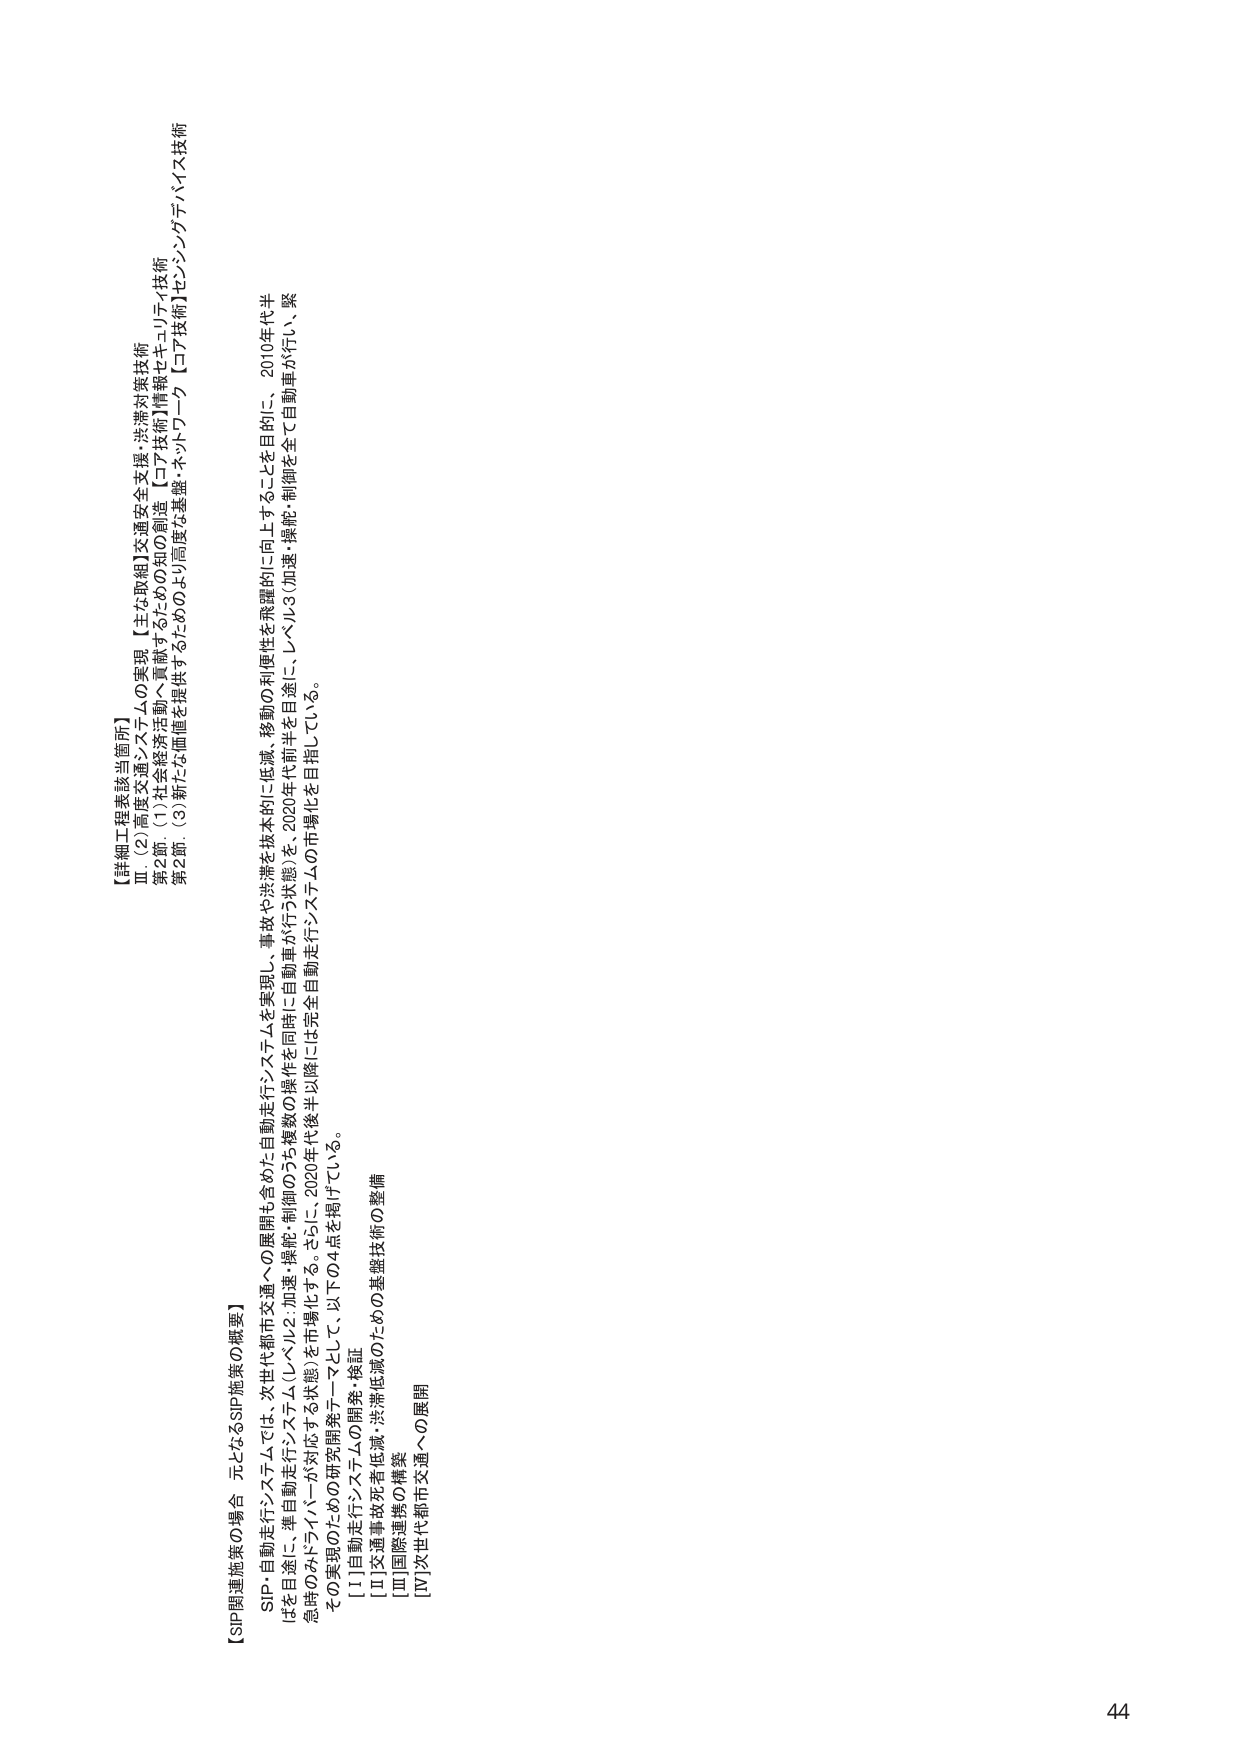
【詳細工程表該当箇所】
Ⅲ（2）高度交通システムの実現【主な取組】交通安全支援・渋滞対策技術
第2節．(1)社会経済活動へ貢献するための知の創造【ロア技術】情報セキュリティ技術
第2節．(3)新たな価値を提供するためのより高度な基盤・ネットワーク【ロア技術】センシングテクノロジ技術

【SIP関連施策の場合 元となるSIP施策の概要】
SIP・自動走行システムでは、次世代都市交通への展開も含めた自動走行システムを実現し、事故や渋滞を根本的に低減、移動の利便性を飛躍的に向上することを目的に、2010年代半ばを目途に、準自動走行システム（レベル2：加速・操舵・制御のうち複数の操作を同時に自動車が行う状態）を、2020年代前半を目途に、レベル3（加速・操舵・制御を全て自動車が行い、緊急時のみドライバーが対応する状態）を市場化する。さらに、2020年代後半以降には完全自動走行システムの市場化を目指している。
その実現のための研究開発テーマとして、以下の4点を掲げている。
[Ⅰ]自動走行システムの開発・検証
[Ⅱ]交通事故死者低減・渋滞低減のための基盤技術の整備
[Ⅲ]国際連携の構築
[Ⅳ]次世代都市交通への展開

44